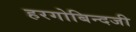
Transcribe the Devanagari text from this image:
हरगोबिन्दजी